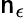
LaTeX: \mathsf{n}_{\epsilon}